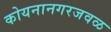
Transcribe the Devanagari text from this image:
कोयनानगरजवळ